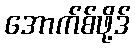
အောက်စ်ဖို့ဒ်